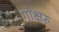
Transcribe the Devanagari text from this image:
गोक्षरु